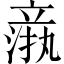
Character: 𬔦